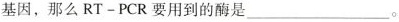
基因，那么$$RT-PCR$$要用到的酶是___。